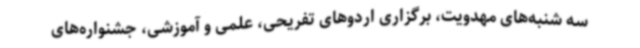
سه شنبه‌های مهدویت، برگزاری اردوهای تفریحی، علمی و آموزشی، جشنواره‌های